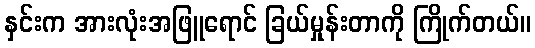
နှင်းက အားလုံးအဖြူရောင် ခြယ်မှုန်းတာကို ကြိုက်တယ်။